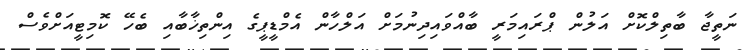
ނަތީޖާ ބާތިލްކޮށް އަލުން ޕްރައިމަރީ ބާއްވައިދިނުމަށް އަލްހާން އެމްޑީޕީގެ އިންތިޚާބާއި ބެހޭ ކޮމިޓީއަށްވެސް